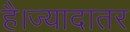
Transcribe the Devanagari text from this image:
है।ज्यादातर